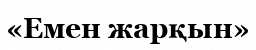
«Емен жарқын»